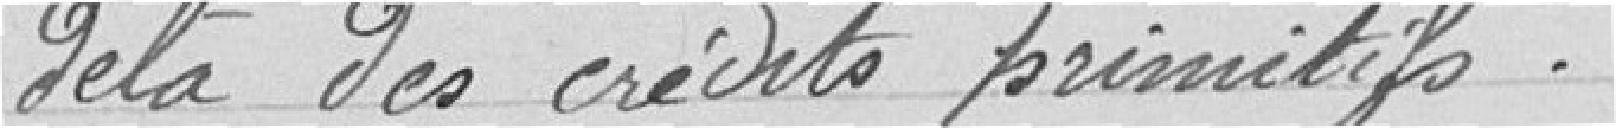
delà des crédits primitifs.